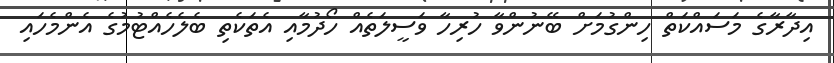
އިދާރާގެ މަސައްކަތް ހިންގުމަށް ބޭނުންވާ ހުރިހާ ވަސީލަތެއް ހޯދުމާއި އެތަކެތި ބެލެހެއްޓުމުގެ އެންމެހައި